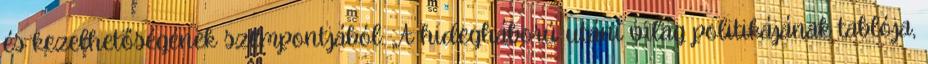
és kezelhetőségének szempontjából: „A hidegháború utáni világ politikájának tablója,